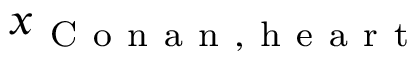
x _ { \mathrm { ~ C ~ o ~ n ~ a ~ n ~ } , \mathrm { ~ h ~ e ~ a ~ r ~ t ~ } }